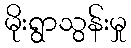
မိုးရွာသွန်းမှု